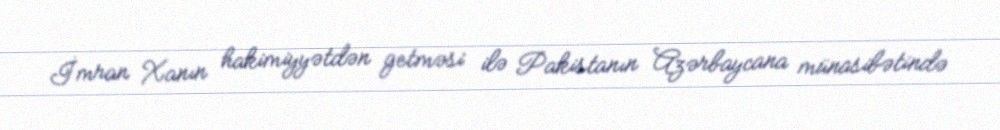
İmran Xanın hakimiyyətdən getməsi ilə Pakistanın Azərbaycana münasibətində